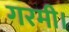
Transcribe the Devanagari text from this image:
गरमी।